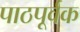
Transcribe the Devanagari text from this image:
पाठपूर्वक